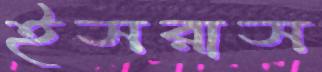
ইসরাস